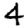
Digit: 4